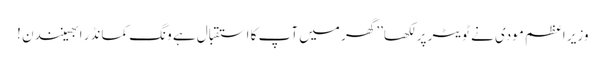
وزیر اعظم مودی نے ٹویٹر پر لکھا’’ گھر میں آپ کا استقبال ہے ونگ کمانڈر ابھینندن !